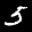
Label: 5